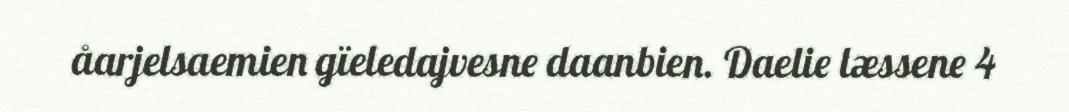
åarjelsaemien gïeledajvesne daanbien. Daelie læssene 4